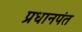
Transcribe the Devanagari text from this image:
प्रधानपंत